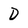
Character: D